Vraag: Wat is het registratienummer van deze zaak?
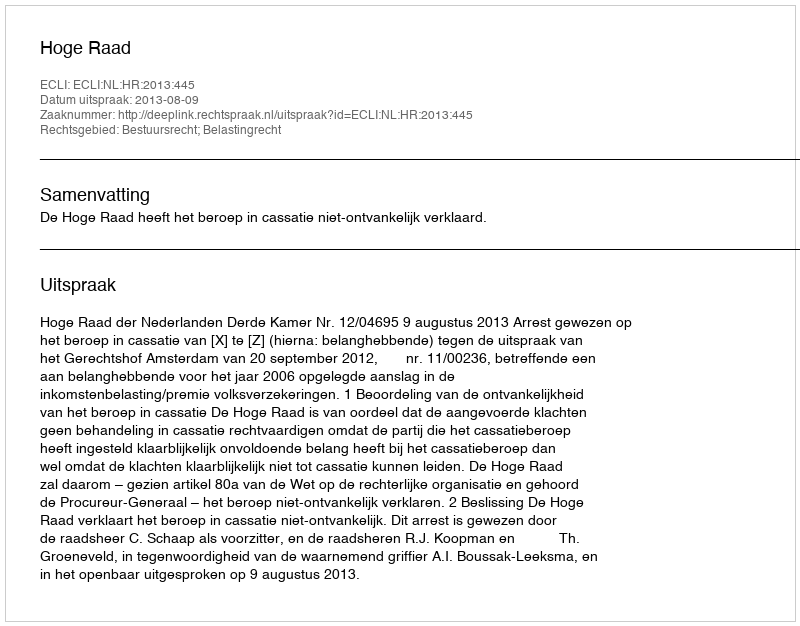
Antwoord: http://deeplink.rechtspraak.nl/uitspraak?id=ECLI:NL:HR:2013:445